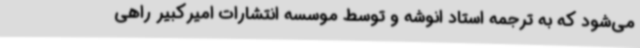
می‌شود که به ترجمه استاد انوشه و توسط موسسه انتشارات امیرکبیر راهی